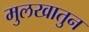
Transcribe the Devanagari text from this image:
मुलखातुन